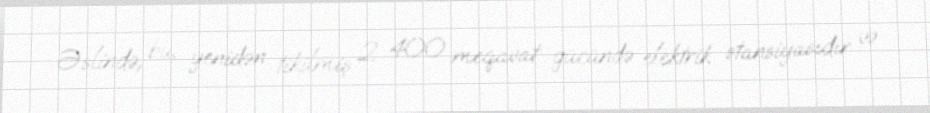
Əslində, bu, yenidən tikilmiş 2 400 meqavat gücündə elektrik stansiyasıdır və